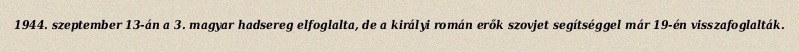
1944. szeptember 13-án a 3. magyar hadsereg elfoglalta, de a királyi román erők szovjet segítséggel már 19-én visszafoglalták.